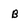
Character: B